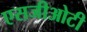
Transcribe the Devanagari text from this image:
एसजीओटी